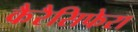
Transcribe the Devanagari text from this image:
कैरैसिफेरा